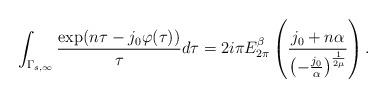
LaTeX: \begin{align*}\int_{\Gamma_{s,\infty}} \frac{\exp(n\tau-j_0\varphi(\tau))}{\tau} d\tau = 2i\pi E_{2\pi}^\beta\left(\frac{j_0+n\alpha}{\left(-\frac{j_0}{\alpha}\right)^\frac{1}{2\mu}}\right).\end{align*}